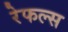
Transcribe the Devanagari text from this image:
रेफल्स